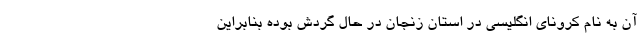
آن به نام کرونای انگلیسی در استان زنجان در حال گردش بوده بنابراین